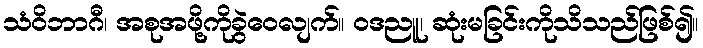
သံဝိဘာဂီ၊ အစုအဖို့ကိုခွဲဝေလျက်။ ဝဒညူ၊ ဆုံးမခြင်းကိုသိသည်ဖြစ်၍။